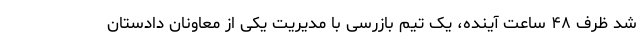
شد ظرف ۴۸ ساعت آینده، یک تیم بازرسی با مدیریت یکی از معاونان دادستان